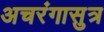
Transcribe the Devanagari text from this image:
अचरंगासुत्र